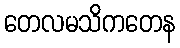
တေလမသိကတေန